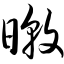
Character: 暾